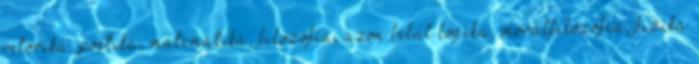
retorika, poétika, matematika, filozófia, azon belül logika, morálfilozófia, fizika